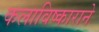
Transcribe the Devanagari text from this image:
कलाविष्काराने